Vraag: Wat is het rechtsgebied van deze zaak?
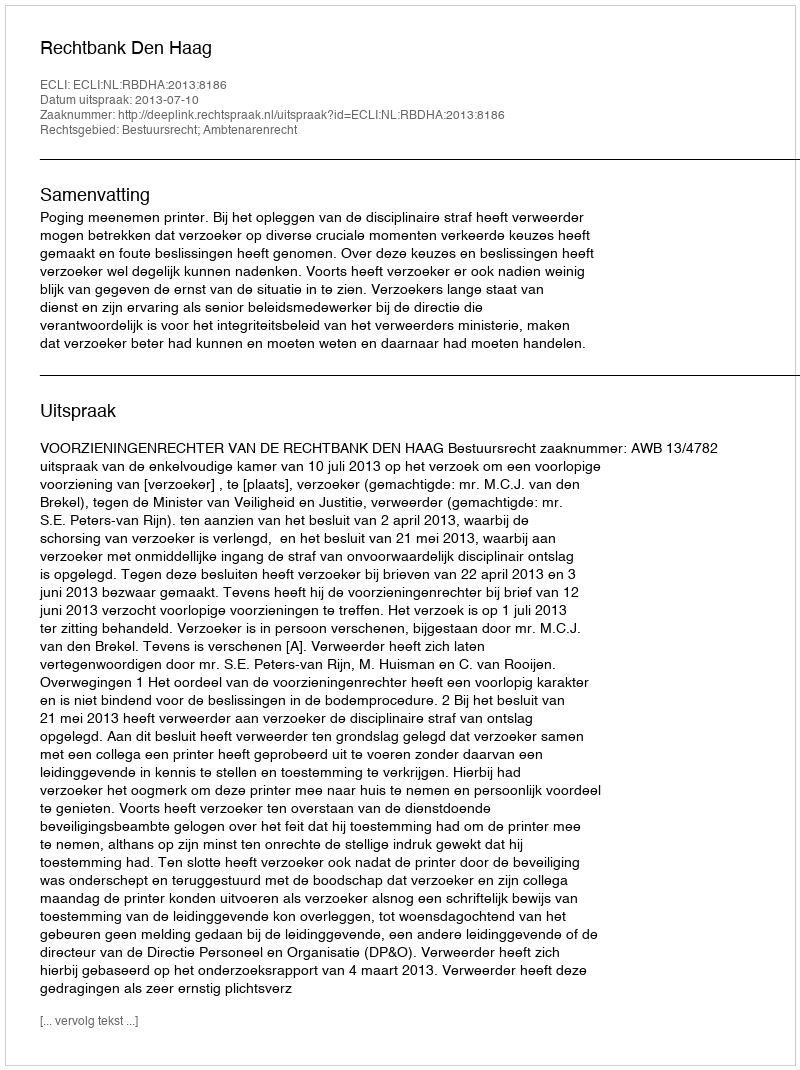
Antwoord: Bestuursrecht; Ambtenarenrecht